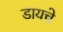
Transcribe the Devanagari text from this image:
डायचे